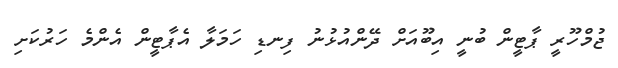
ޖުމްހޫރީ ޕާޓީން ބުނީ އިބޫއަށް ދޭންއުޅުނު ފިނޑި ހަމަލާ އެޕާޓީން އެންމެ ހަރުކަށި